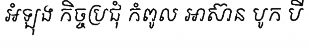
អំឡុង កិច្ចប្រជុំ កំពូល អាស៊ាន បូក បី